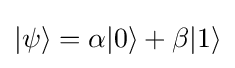
\vert \psi \rangle =\alpha \vert 0\rangle +\beta \vert 1\rangle